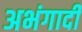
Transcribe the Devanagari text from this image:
अभंगादी